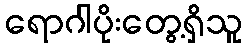
ရောဂါပိုးတွေ့ရှိသူ